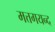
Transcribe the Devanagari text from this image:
मत्तगयन्द